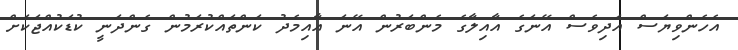
އެހެންވިޔަސް އަދިވެސް އޭނަގެ އާއިލާގެ މެންބަރުން އޭނަ އާއިމެދު ކަންތައްކުރަމުން ގެންދަނީ ކުޑަކުއްޖަކަށް